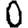
Digit: 0